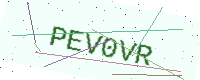
Text: PEV0VR